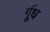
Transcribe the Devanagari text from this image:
गूँध